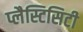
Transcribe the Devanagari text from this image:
प्लैस्टिसिटी